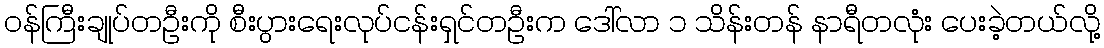
ဝန်ကြီးချုပ်တဦးကို စီးပွားရေးလုပ်ငန်းရှင်တဦးက ဒေါ်လာ ၁ သိန်းတန် နာရီတလုံး ပေးခဲ့တယ်လို့